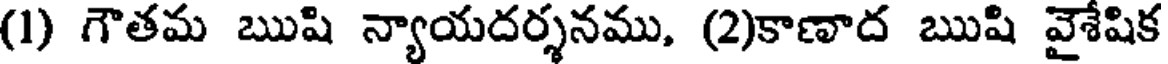
(1) గౌతమ ఋషి న్యాయదర్శనము, (2)కాణాద ఋషి వైశేషిక